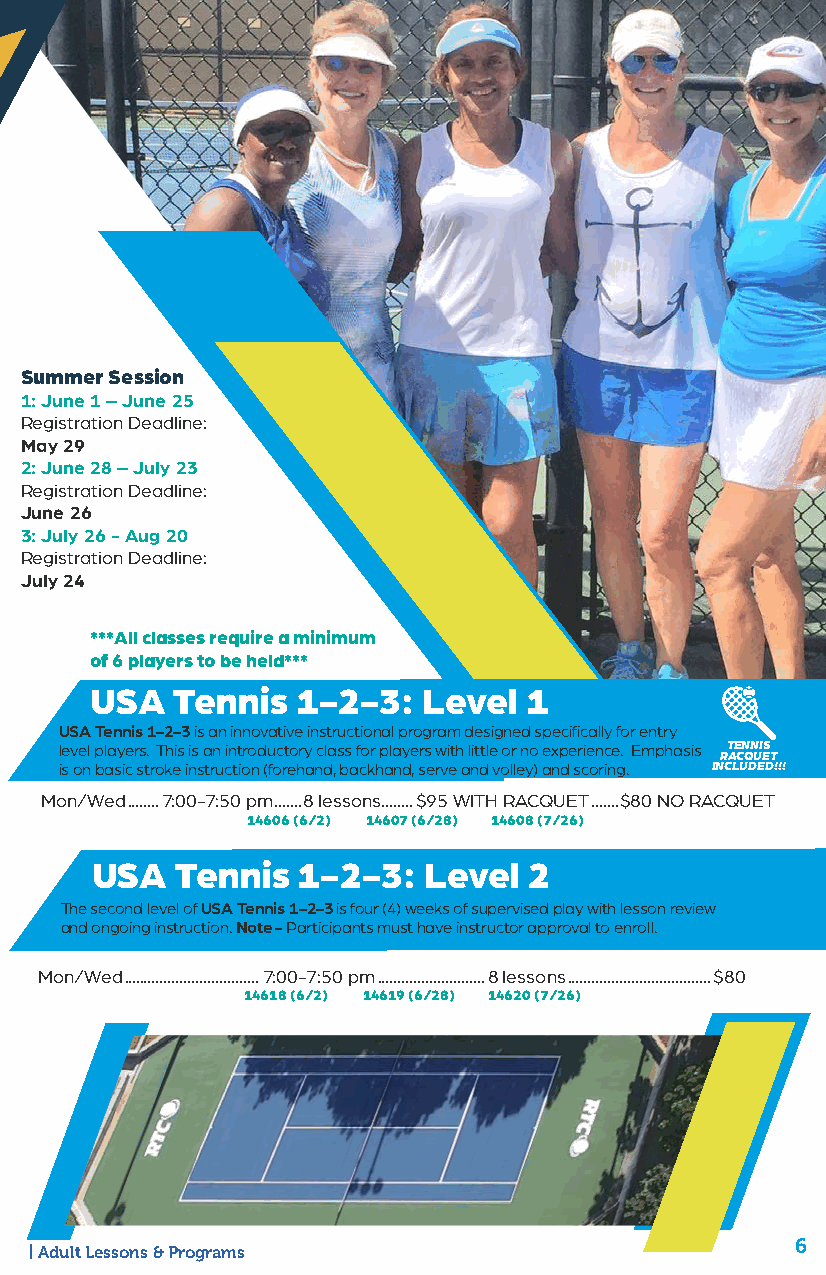
t
 n
 e
 m
 p
 o
 l
 e
 v
 e Summer Session
 D
 1: June 1 – June 25
 r s Registration Deadline:
 o l
 l May 29
 i i
 n r 2: June 28 – July 23
 D
 u Registration Deadline:
 J s June 26
 C ni 3: July 26 - Aug 20
 T n Registration Deadline:
 R e July 24
 T
 ***All classes require a minimum
 of 6 players to be held***
 USA  Tennis   1-2-3:  Level  1
 USA Tennis 1-2-3 is an innovative instructional program designed specifically for entry
 level players. This is an introductory class for players with little or no experience. Emphasis TENNIS
 RACQUET
 is on basic stroke instruction (forehand, backhand, serve and volley) and scoring. INCLUDED!!!
 Mon/Wed ........7:00-7:50 pm .......8 lessons ........$95 WITH RACQUET .......$80 NO RACQUET
 14606 (6/2) 14607 (6/28) 14608 (7/26)
 USA   Tennis  1-2-3:  Level  2
 The second level of USA Tennis 1-2-3 is four (4) weeks of supervised play with lesson review
 and ongoing instruction. Note - Participants must have instructor approval to enroll.
 Mon/Wed ..................................7:00-7:50 pm ...........................8 lessons ....................................$80
 14618 (6/2) 14619 (6/28) 14620 (7/26)
 6
 Adult Lessons & Programs